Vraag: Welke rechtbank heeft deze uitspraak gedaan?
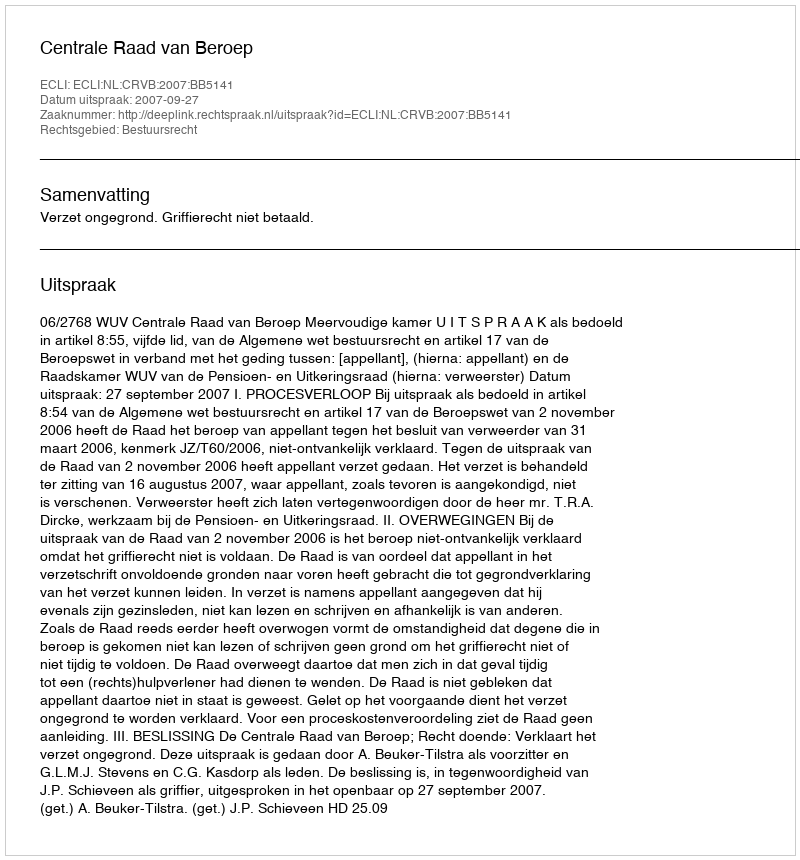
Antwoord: Centrale Raad van Beroep